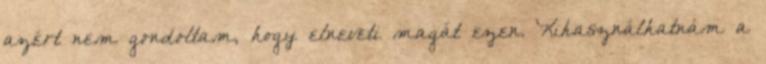
azért nem gondoltam, hogy elneveti magát ezen. Kihasználhatnám a